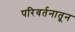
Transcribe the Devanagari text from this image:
परिवर्तनातून